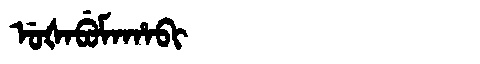
Manchu: ᡠᡧᠠᠪᡠᠮᠠᡥᠠᠪᡳ
Romanization: UŠABUMAHABI